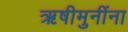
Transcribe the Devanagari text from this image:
ऋषीमुनींना